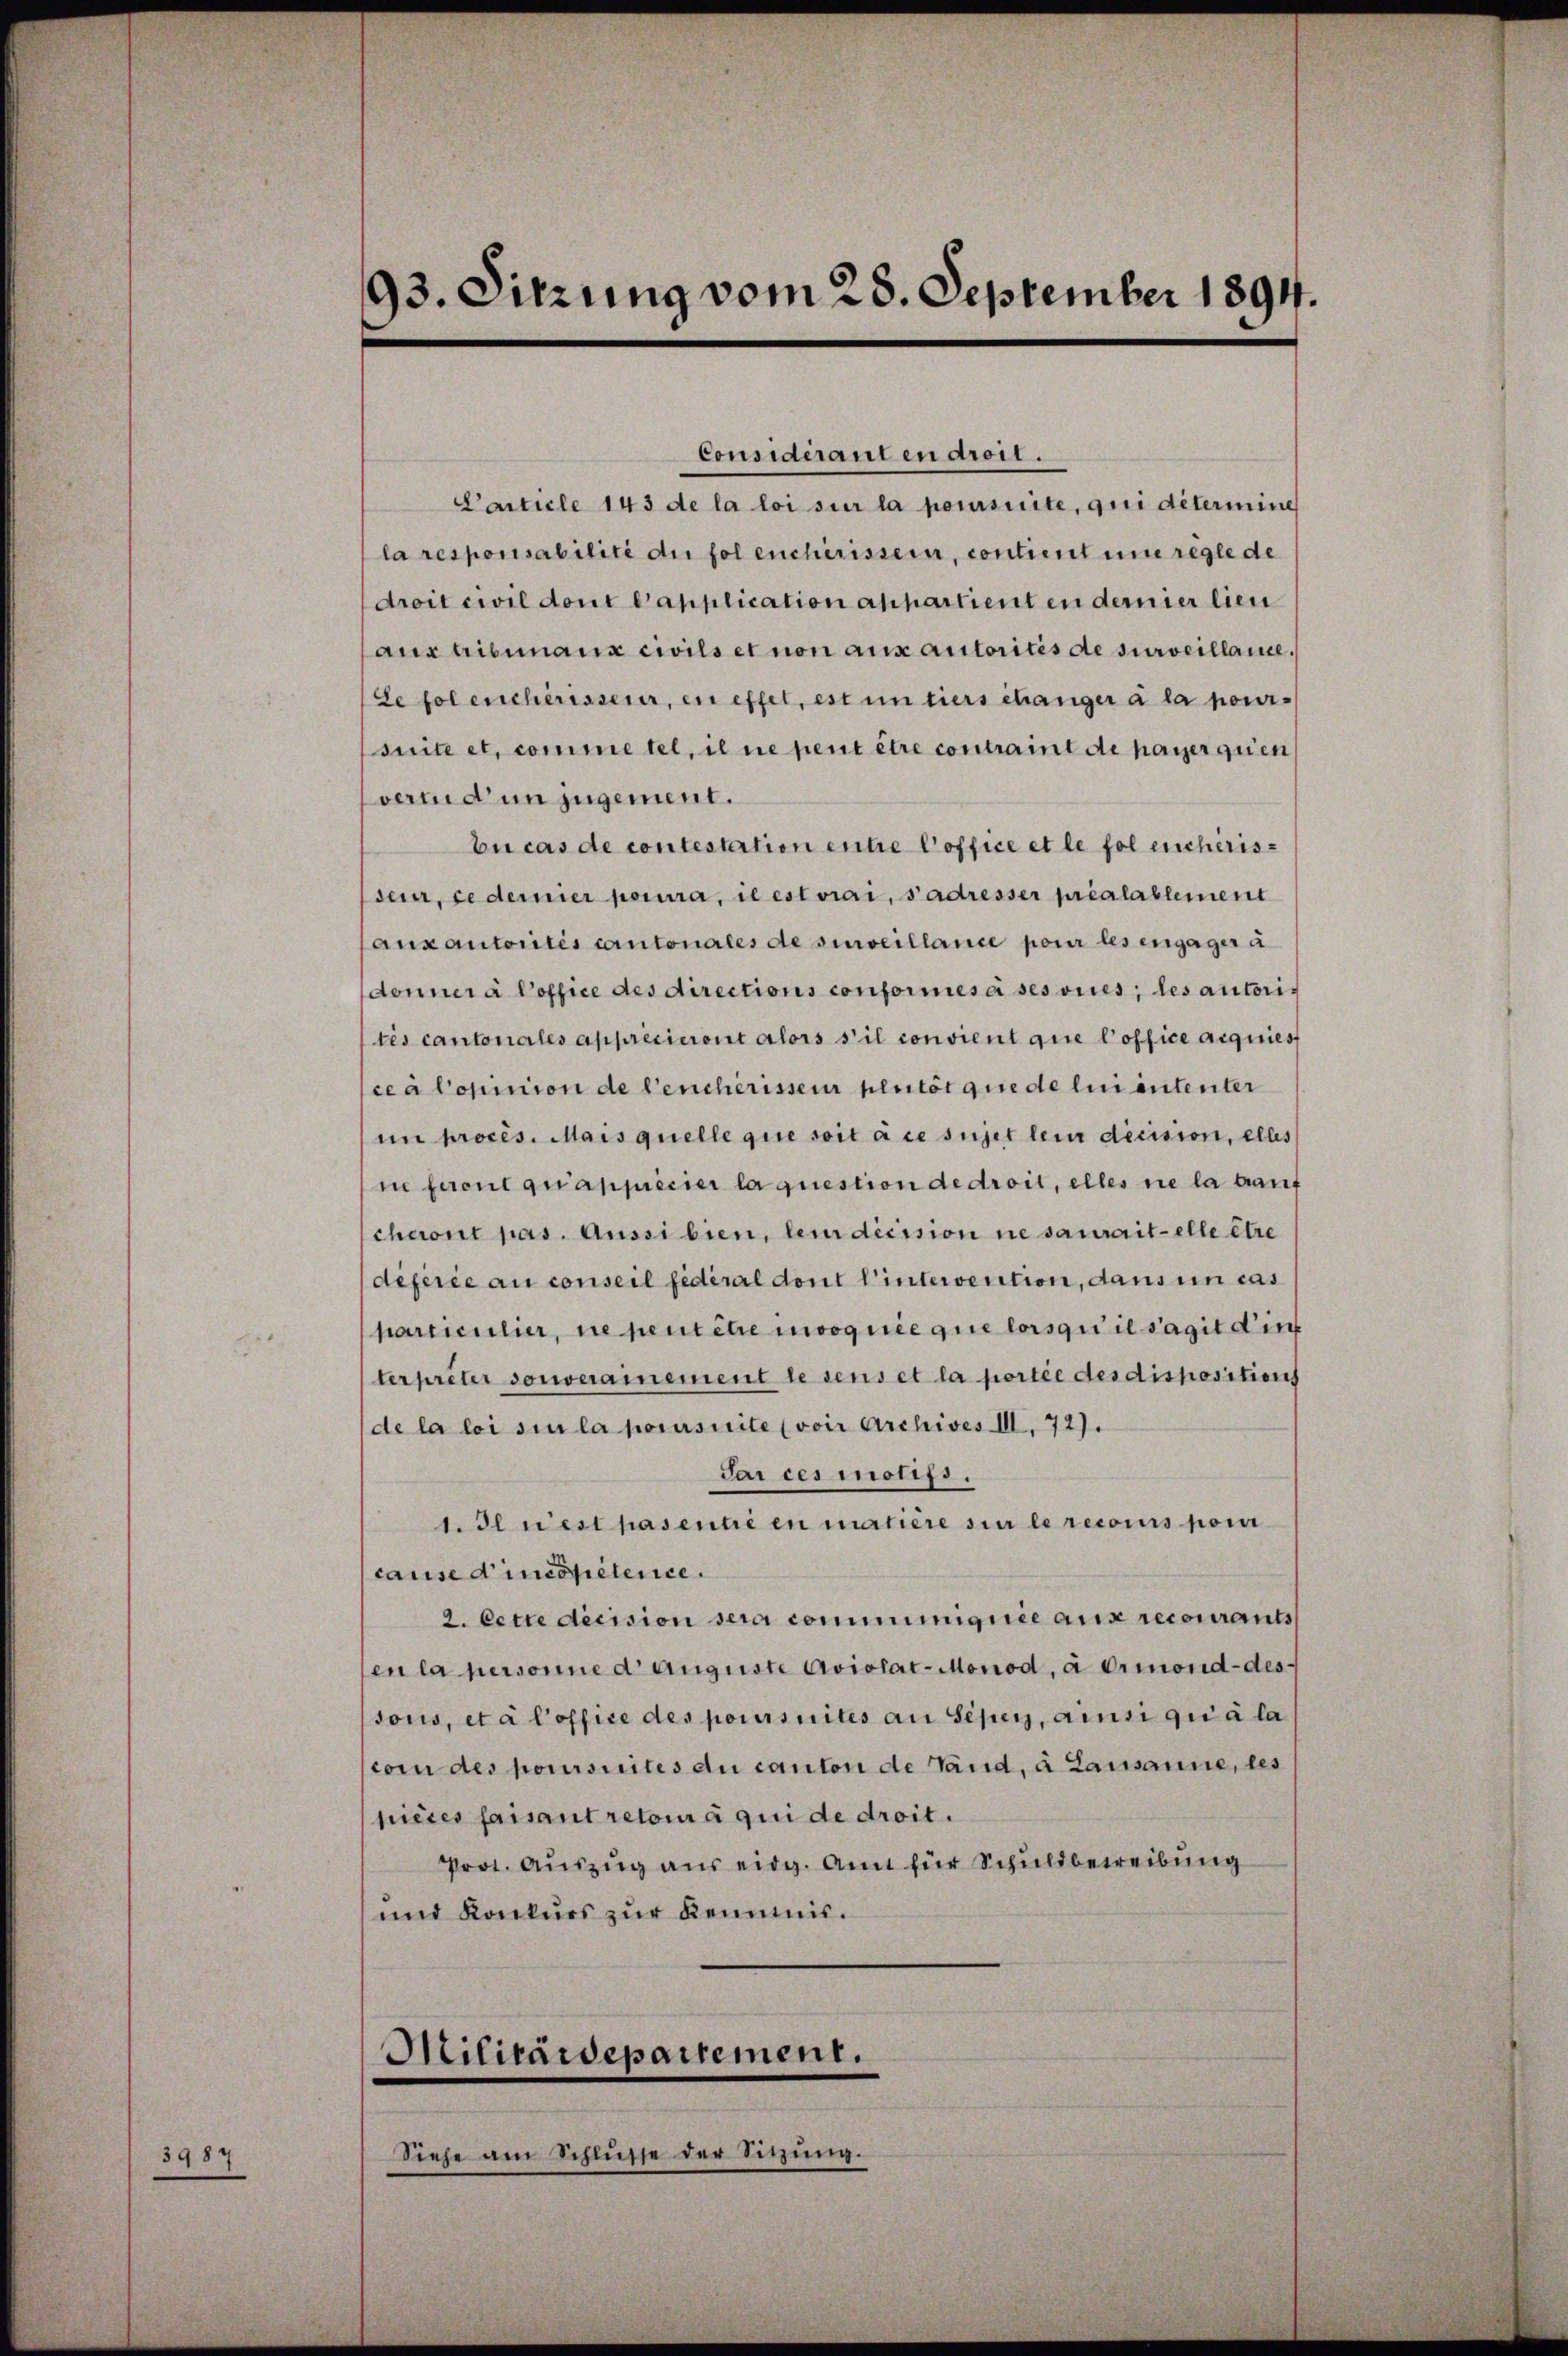
3987

93. Sitzung vom 28. September 1894.

Considéranten droit.
Carticle 143 de la loi sur la poursuite, qui détermine
la responsabilité de fol encherissern, contient eine regle de
droit civil dont Capplication appartient en dernier lieu
austribunaux civils et non aus autorités de surveillame.
de fol encherisseur, en effet, est un tiers changer à la pour-
suite et comme tel, il ne peut être contraint de payer quien
verend um zugement.
bucas de contestation entre office et le fol encherisseur, ce demier pourra, il est vrai, s’adresser préalablement
aux autorités cantonales de surveillance pour les engager a
donner à Coffice des directions conformes à ses vices; les autoris
tés cantonales appréciuront alors s’il convient que l’office acquies
cea Copinion de leucherisseur pluitöt que de lui ententer
im procès. Mais quelle que soit à ce sujet lein dicision, elles
i facul quappiricier laquestion de droit, elles nie la lauf
cheront pas. Aussi bien, lem dicision ne saurait elle être
deferie au conseil fédéral dont l’intervention, dans un cas
particulier, ne peut être mooquie que lorsqu’il s’agit die
terpreter souverainement lesens et la portée des dispositions
de la loi sie la poursuite (voir Archives III. 72).
Jai ces motifs.
1. Il rest pasentie en matière sie le recours pou
cause d’incopétenice.
2. Cette decision sera comminignie aus recourants
en la personne d Auguste Aviolat-Monod, à Ormond-des
ssous, et a Poffice des poursuites an Sehen, ainsi quia la
com des poursuites au canton de Land, à Lausanne, les
pièces faisant retoir à qui de droit.
Prot. Auszug aus eidg. Amt für Schuldbeweibung
und Konkurs zur Kemnis.

Militärdepartement.

Siehe am Schlŭsse der Sitzŭng.